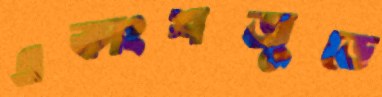
একাংশজুড়ে